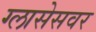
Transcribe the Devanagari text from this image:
ग्लासेसवर